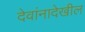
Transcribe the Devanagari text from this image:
देवांनादेखील